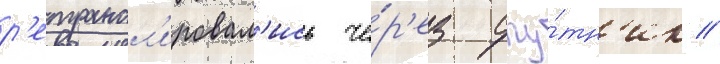
р'етрансл'ировал'ись че́р'ез спу́тн'ик //